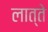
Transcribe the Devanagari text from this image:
लात्ते